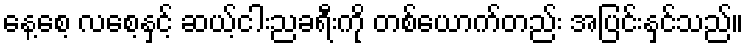
နေ့စေ့ လစေ့နှင့် ဆယ့်ငါးညခရီးကို တစ်ယောက်တည်း အပြင်းနှင်သည်။